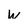
Character: W